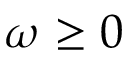
\omega \geq 0